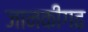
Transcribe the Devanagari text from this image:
जानकीगढ